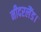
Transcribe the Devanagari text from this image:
नीदरलैंड।